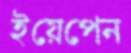
ইয়েপেন